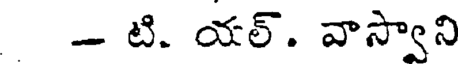
- టి. యల్. వాస్వాని